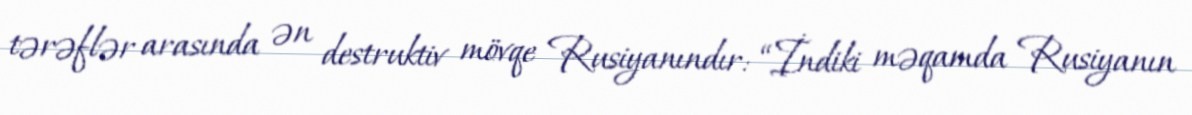
tərəflər arasında ən destruktiv mövqe Rusiyanındır: “İndiki məqamda Rusiyanın